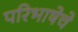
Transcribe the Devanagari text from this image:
परिभाषेचे